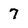
Character: 7